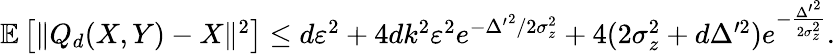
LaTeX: \begin{array}{r}{\mathbb{E}\left[\| Q_{d}(X,Y)-X\| ^{2}\right]\leq d\varepsilon^{2}+4dk^{2}\varepsilon^{2}e^{-{{\Delta^{\prime}}^{2}}/{2\sigma_{z}^{2}}}+4(2\sigma_{z}^{2}+d\Delta^{\prime 2})e^{-\frac{{{\Delta^{\prime}}^{2}}}{2\sigma_{z}^{2}}}.}\end{array}